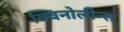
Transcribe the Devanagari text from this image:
क्विनोलीन्स